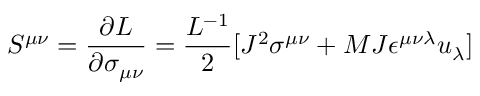
S ^ { \mu \nu } = { \frac { \partial L } { \partial \sigma _ { \mu \nu } } } = { \frac { L ^ { - 1 } } { 2 } } [ J ^ { 2 } \sigma ^ { \mu \nu } + { M J } \epsilon ^ { \mu \nu \lambda } u _ { \lambda } ]